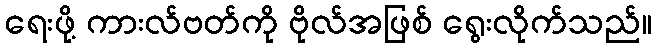
ရေးဖို့ ကားလ်ဗတ်ကို ဗိုလ်အဖြစ် ရွေးလိုက်သည်။